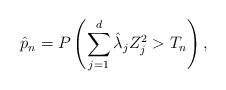
LaTeX: \begin{align*} \hat p_{n} =P \left( \sum_{j=1}^d \hat \lambda_j Z_j^2 > T_n \right),\end{align*}